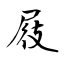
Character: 屐